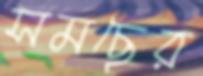
সমছের